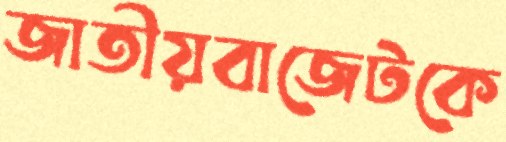
জাতীয়বাজেটকে